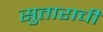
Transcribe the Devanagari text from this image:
सुताराची